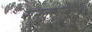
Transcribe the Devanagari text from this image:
समनुरूपयोग्य